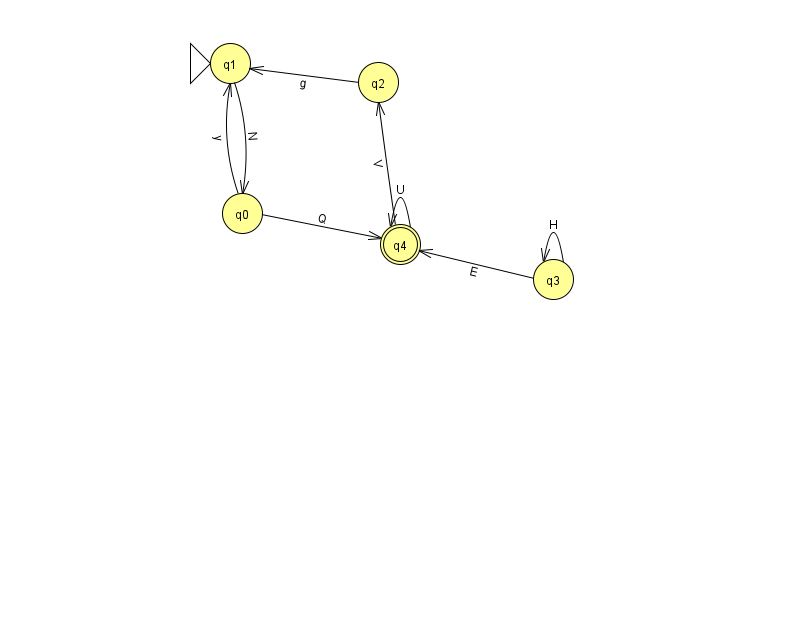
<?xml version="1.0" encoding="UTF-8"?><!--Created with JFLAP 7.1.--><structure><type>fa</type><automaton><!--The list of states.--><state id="0" name="q0"><x>242.0</x><y>200.0</y></state><state id="1" name="q1"><x>230.0</x><y>50.0</y><initial/></state><state id="2" name="q2"><x>378.0</x><y>69.0</y></state><state id="3" name="q3"><x>553.0</x><y>266.0</y></state><state id="4" name="q4"><x>400.0</x><y>231.0</y><final/></state><!--The list of transitions.--><transition><from>0</from><to>4</to><read>Q</read></transition><transition><from>4</from><to>4</to><read>U</read></transition><transition><from>3</from><to>4</to><read>E</read></transition><transition><from>3</from><to>3</to><read>H</read></transition><transition><from>1</from><to>0</to><read>N</read></transition><transition><from>2</from><to>1</to><read>g</read></transition><transition><from>0</from><to>1</to><read>y</read></transition><transition><from>4</from><to>2</to><read>V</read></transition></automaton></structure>